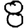
Digit: 8